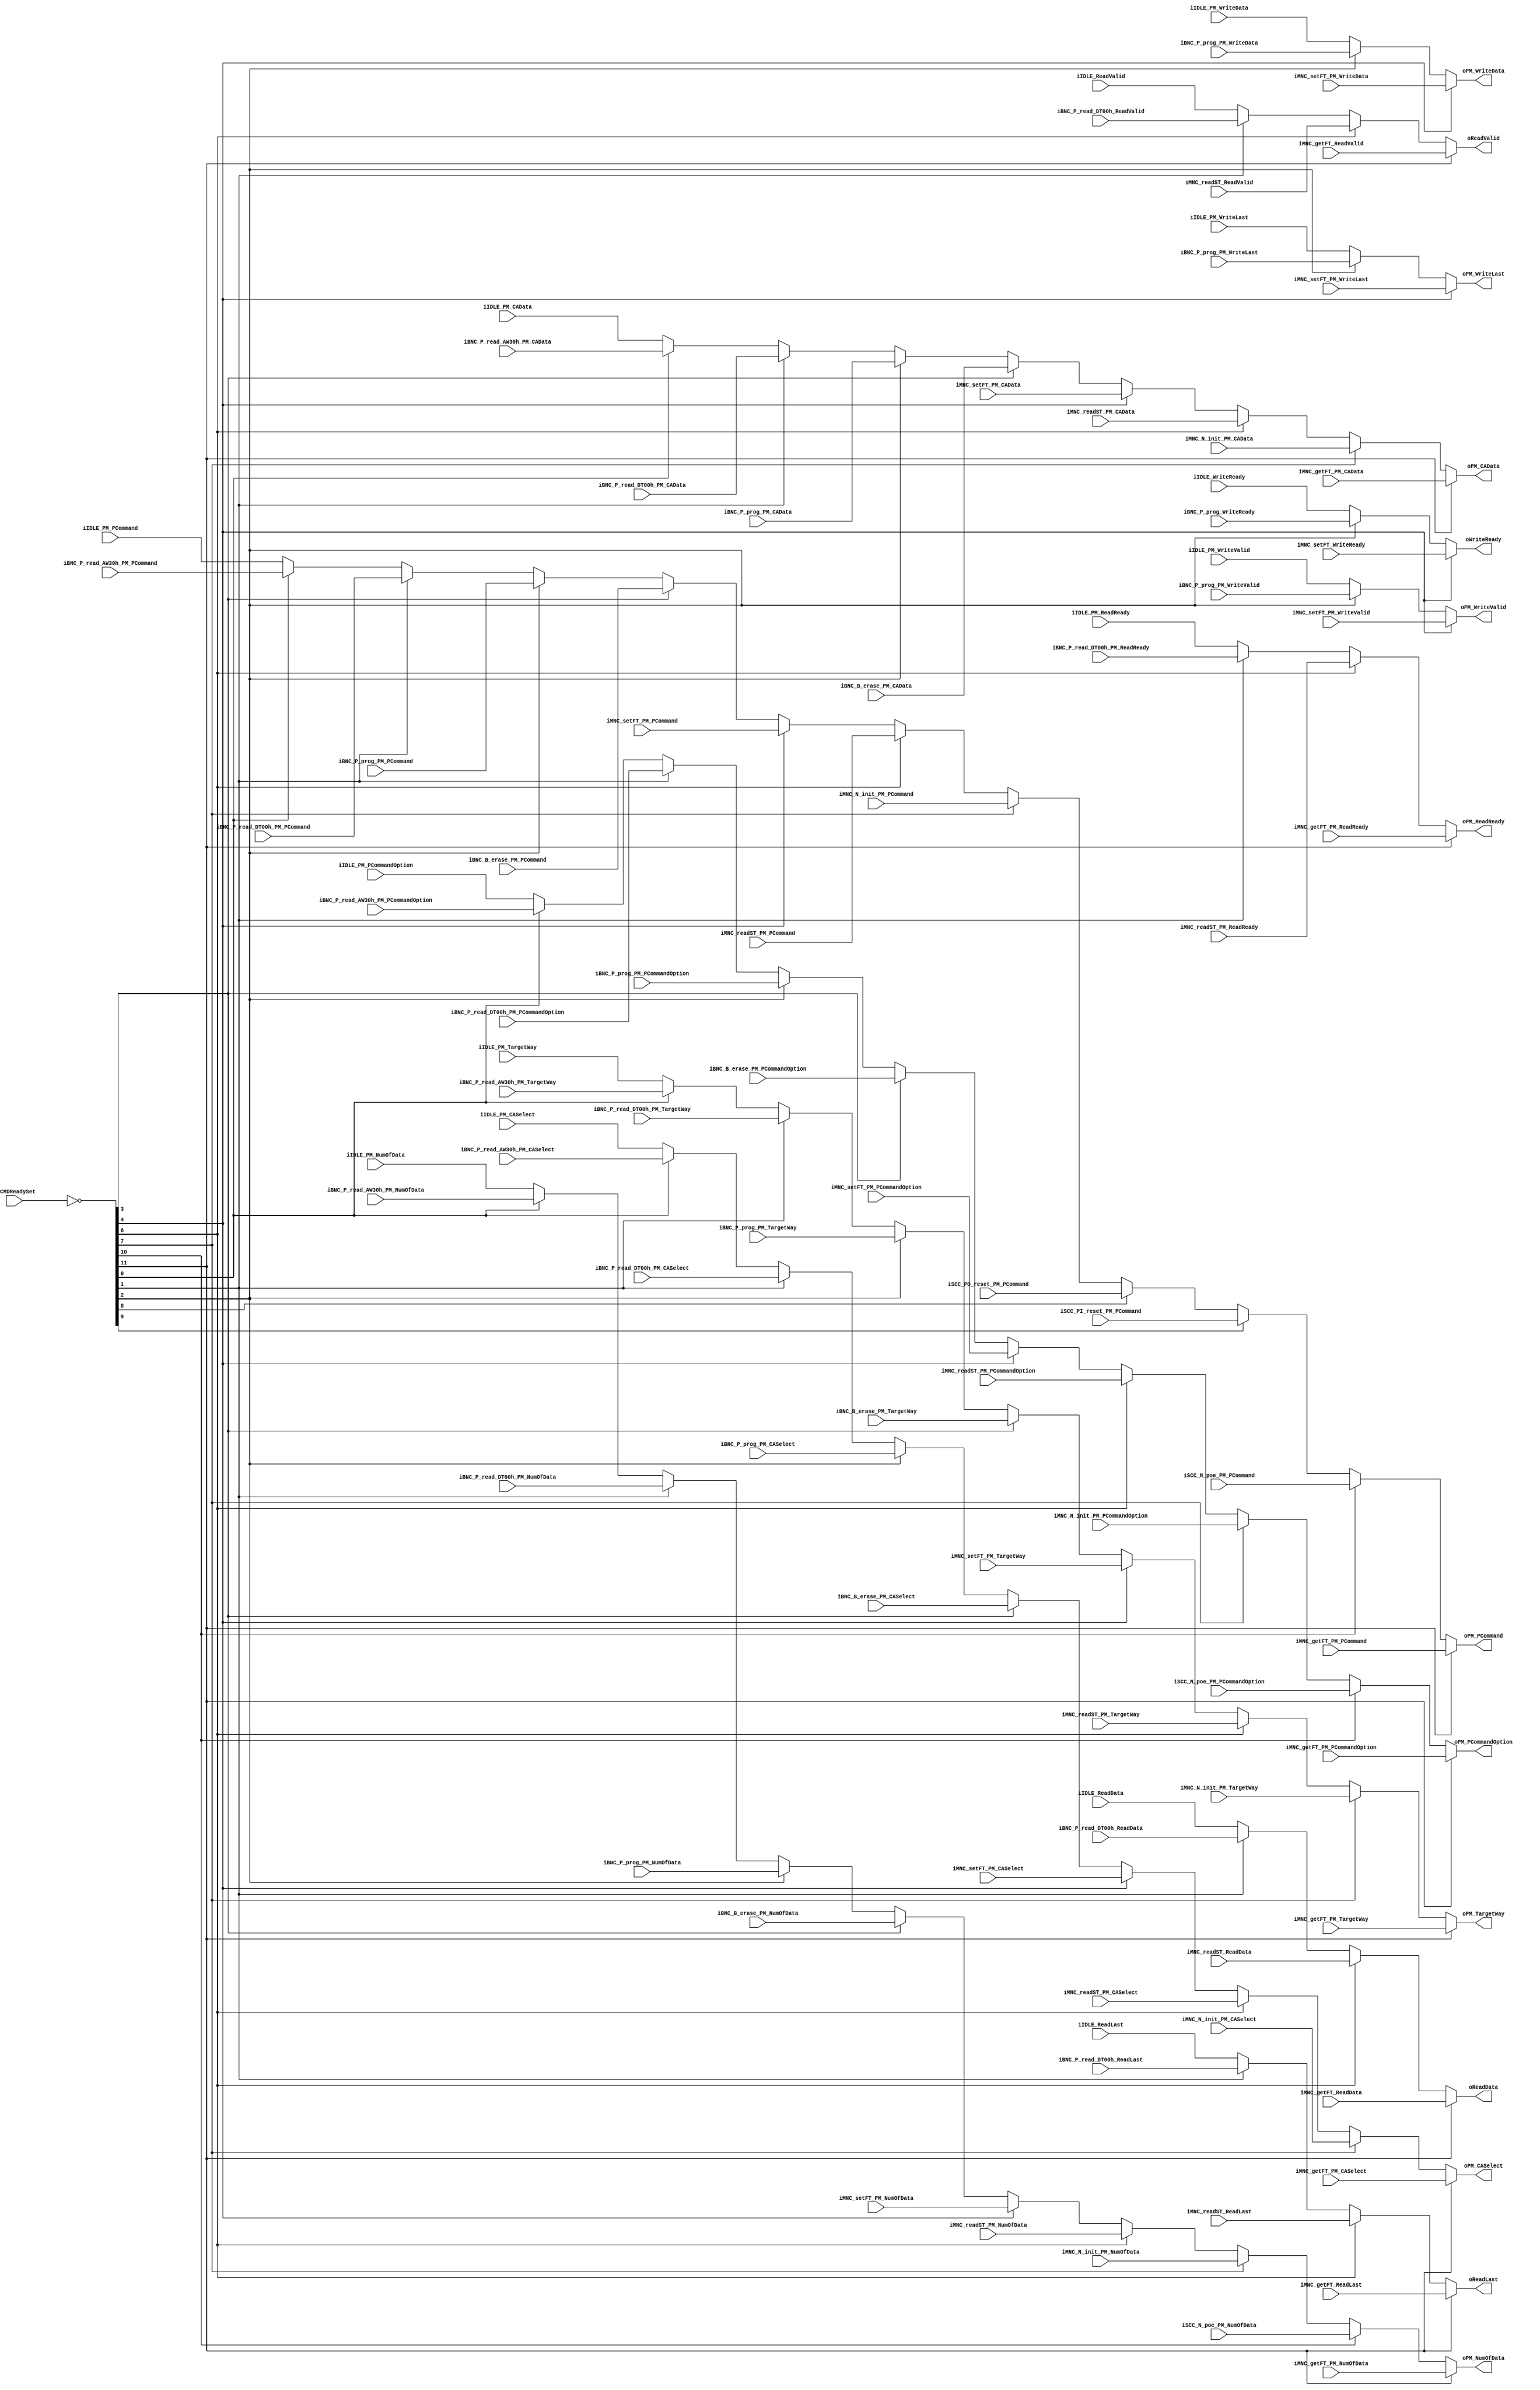
//////////////////////////////////////////////////////////////////////////////////
// NPCG_Toggle_bCMDMux for Cosmos OpenSSD
// Copyright (c) 2015 Hanyang University ENC Lab.
// Contributed by Ilyong Jung <iyjung@enc.hanyang.ac.kr>
//                Yong Ho Song <yhsong@enc.hanyang.ac.kr>
//
// This file is part of Cosmos OpenSSD.
//
// Cosmos OpenSSD is free software; you can redistribute it and/or modify
// it under the terms of the GNU General Public License as published by
// the Free Software Foundation; either version 3, or (at your option)
// any later version.
//
// Cosmos OpenSSD is distributed in the hope that it will be useful,
// but WITHOUT ANY WARRANTY; without even the implied warranty of
// MERCHANTABILITY or FITNESS FOR A PARTICULAR PURPOSE.
// See the GNU General Public License for more details.
//
// You should have received a copy of the GNU General Public License
// along with Cosmos OpenSSD; see the file COPYING.
// If not, see <http://www.gnu.org/licenses/>. 
//////////////////////////////////////////////////////////////////////////////////

//////////////////////////////////////////////////////////////////////////////////
// Company: ENC Lab. <http://enc.hanyang.ac.kr>
// 
// Project Name: Cosmos OpenSSD
// Design Name: NPCG_Toggle_bCMDMux
// Module Name: NPCG_Toggle_bCMDMux
//
// Version: v1.0.0
//
// Description: NFC PCG layer command multiplexor
//
//////////////////////////////////////////////////////////////////////////////////

//////////////////////////////////////////////////////////////////////////////////
// Revision History:
//
// * v1.0.0
//   - first draft
//////////////////////////////////////////////////////////////////////////////////
`timescale 1ns / 1ps

module NPCG_Toggle_bCMDMux
#
(
    // Multiplexing by ibCMDReadySet[10:0]
    // not support parallel primitive command execution
    
    // [11]: MNC_getFT, get features (100101)
    // [10]: SCC_N_poe, NAND Power-ON Event (111110)
    // [ 9]: SCC_PI_reset, PHY. reset: PI (110010)
    // [ 8]: SCC_PO_reset, PHY. reset: PO (110000)
    // [ 7]: MNC_N_init, reset: NAND initializing (101100)
    // [ 6]: MNC_readST, read status (DDR) (101001)
    // [ 5]: MNC_readID, read ID (101011 + length[7:0](option, 00h/40h))
    // [ 4]: MNC_setFT, set features (SDR/DDR) (100000/100001 + length[7:0](option, 01h/02h/10h/30h))
    // [ 3]: BNC_B_erase, block erase: address write, execute (D0h) (001000)
    // [ 2]: BNC_P_program, page program: address write, data transfer (10h) (000100 + length[15:0](length, word))
    // [ 1]: BNC_P_read_DT00h, page read (DT): data transfer after read status (00h) (000011 + length[15:0](length, word))
    // [ 0]: BNC_P_read_AW30h, page read (AW): address write (30h) (000000)
    
    parameter NumofbCMD = 12, // number of blocking commands
    parameter NumberOfWays    =   4
)
(
    ibCMDReadySet                       ,
    iIDLE_WriteReady                    ,
    iIDLE_ReadData                      ,
    iIDLE_ReadLast                      ,
    iIDLE_ReadValid                     ,
    iIDLE_PM_PCommand                   ,
    iIDLE_PM_PCommandOption             ,
    iIDLE_PM_TargetWay                  ,
    iIDLE_PM_NumOfData                  ,
    iIDLE_PM_CASelect                   ,
    iIDLE_PM_CAData                     ,
    iIDLE_PM_WriteData                  ,
    iIDLE_PM_WriteLast                  ,
    iIDLE_PM_WriteValid                 ,
    iIDLE_PM_ReadReady                  ,
    iMNC_getFT_ReadData                 ,
    iMNC_getFT_ReadLast                 ,
    iMNC_getFT_ReadValid                ,
    iMNC_getFT_PM_PCommand              ,
    iMNC_getFT_PM_PCommandOption        ,
    iMNC_getFT_PM_TargetWay             ,
    iMNC_getFT_PM_NumOfData             ,
    iMNC_getFT_PM_CASelect              ,
    iMNC_getFT_PM_CAData                ,
    iMNC_getFT_PM_ReadReady             ,
    iSCC_N_poe_PM_PCommand              ,
    iSCC_N_poe_PM_PCommandOption        ,
    iSCC_N_poe_PM_NumOfData             ,
    iSCC_PI_reset_PM_PCommand           ,
    iSCC_PO_reset_PM_PCommand           ,
    iMNC_N_init_PM_PCommand             ,
    iMNC_N_init_PM_PCommandOption       ,
    iMNC_N_init_PM_TargetWay            ,
    iMNC_N_init_PM_NumOfData            ,
    iMNC_N_init_PM_CASelect             ,
    iMNC_N_init_PM_CAData               ,
    iMNC_readST_ReadData                ,
    iMNC_readST_ReadLast                ,
    iMNC_readST_ReadValid               ,
    iMNC_readST_PM_PCommand             ,
    iMNC_readST_PM_PCommandOption       ,
    iMNC_readST_PM_TargetWay            ,
    iMNC_readST_PM_NumOfData            ,
    iMNC_readST_PM_CASelect             ,
    iMNC_readST_PM_CAData               ,
    iMNC_readST_PM_ReadReady            ,
    iMNC_setFT_WriteReady               ,
    iMNC_setFT_PM_PCommand              ,
    iMNC_setFT_PM_PCommandOption        ,
    iMNC_setFT_PM_TargetWay             ,
    iMNC_setFT_PM_NumOfData             ,
    iMNC_setFT_PM_CASelect              ,
    iMNC_setFT_PM_CAData                ,
    iMNC_setFT_PM_WriteData             ,
    iMNC_setFT_PM_WriteLast             ,
    iMNC_setFT_PM_WriteValid            ,
    iBNC_B_erase_PM_PCommand            ,
    iBNC_B_erase_PM_PCommandOption      ,
    iBNC_B_erase_PM_TargetWay           ,
    iBNC_B_erase_PM_NumOfData           ,
    iBNC_B_erase_PM_CASelect            ,
    iBNC_B_erase_PM_CAData              ,
    iBNC_P_prog_WriteReady              ,
    iBNC_P_prog_PM_PCommand             ,
    iBNC_P_prog_PM_PCommandOption       ,
    iBNC_P_prog_PM_TargetWay            ,
    iBNC_P_prog_PM_NumOfData            ,
    iBNC_P_prog_PM_CASelect             ,
    iBNC_P_prog_PM_CAData               ,
    iBNC_P_prog_PM_WriteData            ,
    iBNC_P_prog_PM_WriteLast            ,
    iBNC_P_prog_PM_WriteValid           ,
    iBNC_P_read_DT00h_ReadData          ,
    iBNC_P_read_DT00h_ReadLast          ,
    iBNC_P_read_DT00h_ReadValid         ,
    iBNC_P_read_DT00h_PM_PCommand       ,
    iBNC_P_read_DT00h_PM_PCommandOption ,
    iBNC_P_read_DT00h_PM_TargetWay      ,
    iBNC_P_read_DT00h_PM_NumOfData      ,
    iBNC_P_read_DT00h_PM_CASelect       ,
    iBNC_P_read_DT00h_PM_CAData         ,
    iBNC_P_read_DT00h_PM_ReadReady      ,
    iBNC_P_read_AW30h_PM_PCommand       ,
    iBNC_P_read_AW30h_PM_PCommandOption ,
    iBNC_P_read_AW30h_PM_TargetWay      ,
    iBNC_P_read_AW30h_PM_NumOfData      ,
    iBNC_P_read_AW30h_PM_CASelect       ,
    iBNC_P_read_AW30h_PM_CAData         ,
    oWriteReady                         ,
    oReadData                           ,
    oReadLast                           ,
    oReadValid                          ,
    oPM_PCommand                        ,
    oPM_PCommandOption                  ,
    oPM_TargetWay                       ,
    oPM_NumOfData                       ,
    oPM_CASelect                        ,
    oPM_CAData                          ,
    oPM_WriteData                       ,
    oPM_WriteLast                       ,
    oPM_WriteValid                      ,
    oPM_ReadReady
);
    input   [NumofbCMD-1:0]             ibCMDReadySet                       ;
    input                               iIDLE_WriteReady                    ;
    input   [31:0]                      iIDLE_ReadData                      ;
    input                               iIDLE_ReadLast                      ;
    input                               iIDLE_ReadValid                     ;
    input   [7:0]                       iIDLE_PM_PCommand                   ;
    input   [2:0]                       iIDLE_PM_PCommandOption             ;
    input   [NumberOfWays - 1:0]        iIDLE_PM_TargetWay                  ;
    input   [15:0]                      iIDLE_PM_NumOfData                  ;
    input                               iIDLE_PM_CASelect                   ;
    input   [7:0]                       iIDLE_PM_CAData                     ;
    input   [31:0]                      iIDLE_PM_WriteData                  ;
    input                               iIDLE_PM_WriteLast                  ;
    input                               iIDLE_PM_WriteValid                 ;
    input                               iIDLE_PM_ReadReady                  ;
    input   [31:0]                      iMNC_getFT_ReadData                 ;
    input                               iMNC_getFT_ReadLast                 ;
    input                               iMNC_getFT_ReadValid                ;
    input   [7:0]                       iMNC_getFT_PM_PCommand              ;
    input   [2:0]                       iMNC_getFT_PM_PCommandOption        ;
    input   [NumberOfWays - 1:0]        iMNC_getFT_PM_TargetWay             ;
    input   [15:0]                      iMNC_getFT_PM_NumOfData             ;
    input                               iMNC_getFT_PM_CASelect              ;
    input   [7:0]                       iMNC_getFT_PM_CAData                ;
    input                               iMNC_getFT_PM_ReadReady             ;
    input   [7:0]                       iSCC_N_poe_PM_PCommand              ;
    input   [2:0]                       iSCC_N_poe_PM_PCommandOption        ;
    input   [15:0]                      iSCC_N_poe_PM_NumOfData             ;
    input   [7:0]                       iSCC_PI_reset_PM_PCommand           ;
    input   [7:0]                       iSCC_PO_reset_PM_PCommand           ;
    input   [7:0]                       iMNC_N_init_PM_PCommand             ;
    input   [2:0]                       iMNC_N_init_PM_PCommandOption       ;
    input   [NumberOfWays - 1:0]        iMNC_N_init_PM_TargetWay            ;
    input   [15:0]                      iMNC_N_init_PM_NumOfData            ;
    input                               iMNC_N_init_PM_CASelect             ;
    input   [7:0]                       iMNC_N_init_PM_CAData               ;
    input   [31:0]                      iMNC_readST_ReadData                ;
    input                               iMNC_readST_ReadLast                ;
    input                               iMNC_readST_ReadValid               ;
    input   [7:0]                       iMNC_readST_PM_PCommand             ;
    input   [2:0]                       iMNC_readST_PM_PCommandOption       ;
    input   [NumberOfWays - 1:0]        iMNC_readST_PM_TargetWay            ;
    input   [15:0]                      iMNC_readST_PM_NumOfData            ;
    input                               iMNC_readST_PM_CASelect             ;
    input   [7:0]                       iMNC_readST_PM_CAData               ;
    input                               iMNC_readST_PM_ReadReady            ;
    input                               iMNC_setFT_WriteReady               ;
    input   [7:0]                       iMNC_setFT_PM_PCommand              ;
    input   [2:0]                       iMNC_setFT_PM_PCommandOption        ;
    input   [NumberOfWays - 1:0]        iMNC_setFT_PM_TargetWay             ;
    input   [15:0]                      iMNC_setFT_PM_NumOfData             ;
    input                               iMNC_setFT_PM_CASelect              ;
    input   [7:0]                       iMNC_setFT_PM_CAData                ;
    input   [31:0]                      iMNC_setFT_PM_WriteData             ;
    input                               iMNC_setFT_PM_WriteLast             ;
    input                               iMNC_setFT_PM_WriteValid            ;
    input   [7:0]                       iBNC_B_erase_PM_PCommand            ;
    input   [2:0]                       iBNC_B_erase_PM_PCommandOption      ;
    input   [NumberOfWays - 1:0]        iBNC_B_erase_PM_TargetWay           ;
    input   [15:0]                      iBNC_B_erase_PM_NumOfData           ;
    input                               iBNC_B_erase_PM_CASelect            ;
    input   [7:0]                       iBNC_B_erase_PM_CAData              ;
    input                               iBNC_P_prog_WriteReady              ;
    input   [7:0]                       iBNC_P_prog_PM_PCommand             ;
    input   [2:0]                       iBNC_P_prog_PM_PCommandOption       ;
    input   [NumberOfWays - 1:0]        iBNC_P_prog_PM_TargetWay            ;
    input   [15:0]                      iBNC_P_prog_PM_NumOfData            ;
    input                               iBNC_P_prog_PM_CASelect             ;
    input   [7:0]                       iBNC_P_prog_PM_CAData               ;
    input   [31:0]                      iBNC_P_prog_PM_WriteData            ;
    input                               iBNC_P_prog_PM_WriteLast            ;
    input                               iBNC_P_prog_PM_WriteValid           ;
    input   [31:0]                      iBNC_P_read_DT00h_ReadData          ;
    input                               iBNC_P_read_DT00h_ReadLast          ;
    input                               iBNC_P_read_DT00h_ReadValid         ;
    input   [7:0]                       iBNC_P_read_DT00h_PM_PCommand       ;
    input   [2:0]                       iBNC_P_read_DT00h_PM_PCommandOption ;
    input   [NumberOfWays - 1:0]        iBNC_P_read_DT00h_PM_TargetWay      ;
    input   [15:0]                      iBNC_P_read_DT00h_PM_NumOfData      ;
    input                               iBNC_P_read_DT00h_PM_CASelect       ;
    input   [7:0]                       iBNC_P_read_DT00h_PM_CAData         ;
    input                               iBNC_P_read_DT00h_PM_ReadReady      ;
    input   [7:0]                       iBNC_P_read_AW30h_PM_PCommand       ;
    input   [2:0]                       iBNC_P_read_AW30h_PM_PCommandOption ;
    input   [NumberOfWays - 1:0]        iBNC_P_read_AW30h_PM_TargetWay      ;
    input   [15:0]                      iBNC_P_read_AW30h_PM_NumOfData      ;
    input                               iBNC_P_read_AW30h_PM_CASelect       ;
    input   [7:0]                       iBNC_P_read_AW30h_PM_CAData         ;
    output                              oWriteReady                         ;
    output  [31:0]                      oReadData                           ;
    output                              oReadLast                           ;
    output                              oReadValid                          ;
    output  [7:0]                       oPM_PCommand                        ;
    output  [2:0]                       oPM_PCommandOption                  ;
    output  [NumberOfWays - 1:0]        oPM_TargetWay                       ;
    output  [15:0]                      oPM_NumOfData                       ;
    output                              oPM_CASelect                        ;
    output  [7:0]                       oPM_CAData                          ;
    output  [31:0]                      oPM_WriteData                       ;
    output                              oPM_WriteLast                       ;
    output                              oPM_WriteValid                      ;
    output                              oPM_ReadReady                       ;
    
    // Internal Wires/Regs
    wire    [NumofbCMD-1:0]         ibCMDActive             ;
    //wire                            wbCMD_idle              ;
    
    //  - Dispatcher Interface
    //      - Data Write Channel
    reg                             rWriteReady             ;
    
    //      - Data Read Channel
    reg     [31:0]                  rReadData               ;
    reg                             rReadLast               ;
    reg                             rReadValid              ;
    
    //  - NPCG_Toggle Interface
    reg     [7:0]                   rPM_PCommand            ;
    reg     [2:0]                   rPM_PCommandOption      ;
    reg     [NumberOfWays - 1:0]    rPM_TargetWay           ;
    reg     [15:0]                  rPM_NumOfData           ;
    
    reg                             rPM_CASelect            ;
    reg     [7:0]                   rPM_CAData              ;
    
    reg     [31:0]                  rPM_WriteData           ;
    reg                             rPM_WriteLast           ;
    reg                             rPM_WriteValid          ;
    
    reg                             rPM_ReadReady           ;
    
    
    
    // Control Signals
    //assign wbCMD_idle = ~( &(ibCMDReadySet[NumofbCMD-1:0]) );
    assign ibCMDActive[NumofbCMD-1:0] = ~ibCMDReadySet[NumofbCMD-1:0];
    
    
    
    // Mux
    
    // Dispatcher Interface
    //  - Data Write Channel
    // rWriteReady
    always @ (*) begin
        //if (wbCMD_idle) begin // All blocking command machines are in inactive state.
            
        //end else if (ibCMDActive[11]) begin // MNC_getFT
            
        //end else if (ibCMDActive[10]) begin // SCC_N_poe
            
        //end else if (ibCMDActive[ 9]) begin // SCC_PI_reset
            
        //end else if (ibCMDActive[ 8]) begin // SCC_PO_reset
            
        //end else if (ibCMDActive[ 7]) begin // MNC_N_init
            
        //end else if (ibCMDActive[ 6]) begin // MNC_readST
            
        //end else if (ibCMDActive[ 5]) begin // MNC_readID
            
        if (ibCMDActive[ 4]) begin // MNC_setFT
            rWriteReady <= iMNC_setFT_WriteReady;
        //end else if (ibCMDActive[ 3]) begin // BNC_B_erase
            
        end else if (ibCMDActive[ 2]) begin // BNC_P_program
            rWriteReady <= iBNC_P_prog_WriteReady;
        //end else if (ibCMDActive[ 1]) begin // BNC_P_read_DT00h
            
        //end else if (ibCMDActive[ 0]) begin // BNC_P_read_AW30h
            
        end else begin // default
            rWriteReady <= iIDLE_WriteReady;
        end
    end
    
    //  - Data Read Channel
    // rReadData[31:0]
    always @ (*) begin
        //if (wbCMD_idle) begin // All blocking command machines are in inactive state.
            
        if (ibCMDActive[11]) begin // MNC_getFT
            rReadData[31:0] <= iMNC_getFT_ReadData[31:0];
        //end else if (ibCMDActive[10]) begin // SCC_N_poe
            
        //end else if (ibCMDActive[ 9]) begin // SCC_PI_reset
            
        //end else if (ibCMDActive[ 8]) begin // SCC_PO_reset
            
        //end else if (ibCMDActive[ 7]) begin // MNC_N_init
            
        end else if (ibCMDActive[ 6]) begin // MNC_readST
            rReadData[31:0] <= iMNC_readST_ReadData[31:0];
        //end else if (ibCMDActive[ 5]) begin // MNC_readID
            
        //end else if (ibCMDActive[ 4]) begin // MNC_setFT
            
        //end else if (ibCMDActive[ 3]) begin // BNC_B_erase
            
        //end else if (ibCMDActive[ 2]) begin // BNC_P_program
            
        end else if (ibCMDActive[ 1]) begin // BNC_P_read_DT00h
            rReadData[31:0] <= iBNC_P_read_DT00h_ReadData[31:0];
        //end else if (ibCMDActive[ 0]) begin // BNC_P_read_AW30h
            
        end else begin // default
            rReadData[31:0] <= iIDLE_ReadData[31:0];
        end
    end
    
    // rReadLast
    always @ (*) begin
        //if (wbCMD_idle) begin // All blocking command machines are in inactive state.
            
        if (ibCMDActive[11]) begin // MNC_getFT
            rReadLast <= iMNC_getFT_ReadLast;
        //end else if (ibCMDActive[10]) begin // SCC_N_poe
            
        //end else if (ibCMDActive[ 9]) begin // SCC_PI_reset
            
        //end else if (ibCMDActive[ 8]) begin // SCC_PO_reset
            
        //end else if (ibCMDActive[ 7]) begin // MNC_N_init
            
        end else if (ibCMDActive[ 6]) begin // MNC_readST
            rReadLast <= iMNC_readST_ReadLast;
        //end else if (ibCMDActive[ 5]) begin // MNC_readID
            
        //end else if (ibCMDActive[ 4]) begin // MNC_setFT
            
        //end else if (ibCMDActive[ 3]) begin // BNC_B_erase
            
        //end else if (ibCMDActive[ 2]) begin // BNC_P_program
            
        end else if (ibCMDActive[ 1]) begin // BNC_P_read_DT00h
            rReadLast <= iBNC_P_read_DT00h_ReadLast;
        //end else if (ibCMDActive[ 0]) begin // BNC_P_read_AW30h
            
        end else begin // default
            rReadLast <= iIDLE_ReadLast;
        end
    end
    
    // rReadValid
    always @ (*) begin
        //if (wbCMD_idle) begin // All blocking command machines are in inactive state.
            
        if (ibCMDActive[11]) begin // MNC_getFT
            rReadValid <= iMNC_getFT_ReadValid;
        //end else if (ibCMDActive[10]) begin // SCC_N_poe
            
        //end else if (ibCMDActive[ 9]) begin // SCC_PI_reset
            
        //end else if (ibCMDActive[ 8]) begin // SCC_PO_reset
            
        //end else if (ibCMDActive[ 7]) begin // MNC_N_init
            
        end else if (ibCMDActive[ 6]) begin // MNC_readST
            rReadValid <= iMNC_readST_ReadValid;
        //end else if (ibCMDActive[ 5]) begin // MNC_readID
            
        //end else if (ibCMDActive[ 4]) begin // MNC_setFT
            
        //end else if (ibCMDActive[ 3]) begin // BNC_B_erase
            
        //end else if (ibCMDActive[ 2]) begin // BNC_P_program
            
        end else if (ibCMDActive[ 1]) begin // BNC_P_read_DT00h
            rReadValid <= iBNC_P_read_DT00h_ReadValid;
        //end else if (ibCMDActive[ 0]) begin // BNC_P_read_AW30h
            
        end else begin // default
            rReadValid <= iIDLE_ReadValid;
        end
    end
    
    // NPCG_Toggle Interface
    // rPM_PCommand[7:0]
    always @ (*) begin
        //if (wbCMD_idle) begin // All blocking command machines are in inactive state.
            
        if (ibCMDActive[11]) begin // MNC_getFT
            rPM_PCommand[7:0] <= iMNC_getFT_PM_PCommand[7:0];
        end else if (ibCMDActive[10]) begin // SCC_N_poe
            rPM_PCommand[7:0] <= iSCC_N_poe_PM_PCommand[7:0];
        end else if (ibCMDActive[ 9]) begin // SCC_PI_reset
            rPM_PCommand[7:0] <= iSCC_PI_reset_PM_PCommand[7:0];
        end else if (ibCMDActive[ 8]) begin // SCC_PO_reset
            rPM_PCommand[7:0] <= iSCC_PO_reset_PM_PCommand[7:0];
        end else if (ibCMDActive[ 7]) begin // MNC_N_init
            rPM_PCommand[7:0] <= iMNC_N_init_PM_PCommand[7:0];
        end else if (ibCMDActive[ 6]) begin // MNC_readST
            rPM_PCommand[7:0] <= iMNC_readST_PM_PCommand[7:0];
        //end else if (ibCMDActive[ 5]) begin // MNC_readID
            
        end else if (ibCMDActive[ 4]) begin // MNC_setFT
            rPM_PCommand[7:0] <= iMNC_setFT_PM_PCommand[7:0];
        end else if (ibCMDActive[ 3]) begin // BNC_B_erase
            rPM_PCommand[7:0] <= iBNC_B_erase_PM_PCommand[7:0];
        end else if (ibCMDActive[ 2]) begin // BNC_P_program
            rPM_PCommand[7:0] <= iBNC_P_prog_PM_PCommand[7:0];
        end else if (ibCMDActive[ 1]) begin // BNC_P_read_DT00h
            rPM_PCommand[7:0] <= iBNC_P_read_DT00h_PM_PCommand[7:0];
        end else if (ibCMDActive[ 0]) begin // BNC_P_read_AW30h
            rPM_PCommand[7:0] <= iBNC_P_read_AW30h_PM_PCommand[7:0];
        end else begin // default
            rPM_PCommand[7:0] <= iIDLE_PM_PCommand[7:0];
        end
    end
    
    // rPM_PCommandOption[2:0]
    always @ (*) begin
        //if (wbCMD_idle) begin // All blocking command machines are in inactive state.
            
        if (ibCMDActive[11]) begin // MNC_getFT
            rPM_PCommandOption[2:0] <= iMNC_getFT_PM_PCommandOption[2:0];
        end else if (ibCMDActive[10]) begin // SCC_N_poe
            rPM_PCommandOption[2:0] <= iSCC_N_poe_PM_PCommandOption[2:0];
        //end else if (ibCMDActive[ 9]) begin // SCC_PI_reset
            
        //end else if (ibCMDActive[ 8]) begin // SCC_PO_reset
            
        end else if (ibCMDActive[ 7]) begin // MNC_N_init
            rPM_PCommandOption[2:0] <= iMNC_N_init_PM_PCommandOption[2:0];
        end else if (ibCMDActive[ 6]) begin // MNC_readST
            rPM_PCommandOption[2:0] <= iMNC_readST_PM_PCommandOption[2:0];
        //end else if (ibCMDActive[ 5]) begin // MNC_readID
            
        end else if (ibCMDActive[ 4]) begin // MNC_setFT
            rPM_PCommandOption[2:0] <= iMNC_setFT_PM_PCommandOption[2:0];
        end else if (ibCMDActive[ 3]) begin // BNC_B_erase
            rPM_PCommandOption[2:0] <= iBNC_B_erase_PM_PCommandOption[2:0];
        end else if (ibCMDActive[ 2]) begin // BNC_P_program
            rPM_PCommandOption[2:0] <= iBNC_P_prog_PM_PCommandOption[2:0];
        end else if (ibCMDActive[ 1]) begin // BNC_P_read_DT00h
            rPM_PCommandOption[2:0] <= iBNC_P_read_DT00h_PM_PCommandOption[2:0];
        end else if (ibCMDActive[ 0]) begin // BNC_P_read_AW30h
            rPM_PCommandOption[2:0] <= iBNC_P_read_AW30h_PM_PCommandOption[2:0];
        end else begin // default
            rPM_PCommandOption[2:0] <= iIDLE_PM_PCommandOption[2:0];
        end
    end
    
    // rPM_TargetWay[NumberOfWays - 1:0]
    always @ (*) begin
        //if (wbCMD_idle) begin // All blocking command machines are in inactive state.
            
        if (ibCMDActive[11]) begin // MNC_getFT
            rPM_TargetWay[NumberOfWays - 1:0] <= iMNC_getFT_PM_TargetWay[NumberOfWays - 1:0];
        //end else if (ibCMDActive[10]) begin // SCC_N_poe
            
        //end else if (ibCMDActive[ 9]) begin // SCC_PI_reset
            
        //end else if (ibCMDActive[ 8]) begin // SCC_PO_reset
            
        end else if (ibCMDActive[ 7]) begin // MNC_N_init
            rPM_TargetWay[NumberOfWays - 1:0] <= iMNC_N_init_PM_TargetWay[NumberOfWays - 1:0];
        end else if (ibCMDActive[ 6]) begin // MNC_readST
            rPM_TargetWay[NumberOfWays - 1:0] <= iMNC_readST_PM_TargetWay[NumberOfWays - 1:0];
        //end else if (ibCMDActive[ 5]) begin // MNC_readID
            
        end else if (ibCMDActive[ 4]) begin // MNC_setFT
            rPM_TargetWay[NumberOfWays - 1:0] <= iMNC_setFT_PM_TargetWay[NumberOfWays - 1:0];
        end else if (ibCMDActive[ 3]) begin // BNC_B_erase
            rPM_TargetWay[NumberOfWays - 1:0] <= iBNC_B_erase_PM_TargetWay[NumberOfWays - 1:0];
        end else if (ibCMDActive[ 2]) begin // BNC_P_program
            rPM_TargetWay[NumberOfWays - 1:0] <= iBNC_P_prog_PM_TargetWay[NumberOfWays - 1:0];
        end else if (ibCMDActive[ 1]) begin // BNC_P_read_DT00h
            rPM_TargetWay[NumberOfWays - 1:0] <= iBNC_P_read_DT00h_PM_TargetWay[NumberOfWays - 1:0];
        end else if (ibCMDActive[ 0]) begin // BNC_P_read_AW30h
            rPM_TargetWay[NumberOfWays - 1:0] <= iBNC_P_read_AW30h_PM_TargetWay[NumberOfWays - 1:0];
        end else begin // default
            rPM_TargetWay[NumberOfWays - 1:0] <= iIDLE_PM_TargetWay[NumberOfWays - 1:0];
        end
    end
    
    // rPM_NumOfData[15:0]
    always @ (*) begin
        //if (wbCMD_idle) begin // All blocking command machines are in inactive state.
            
        if (ibCMDActive[11]) begin // MNC_getFT
            rPM_NumOfData[15:0] <= iMNC_getFT_PM_NumOfData[15:0];
        end else if (ibCMDActive[10]) begin // SCC_N_poe
            rPM_NumOfData[15:0] <= iSCC_N_poe_PM_NumOfData[15:0];
        //end else if (ibCMDActive[ 9]) begin // SCC_PI_reset
            
        //end else if (ibCMDActive[ 8]) begin // SCC_PO_reset
            
        end else if (ibCMDActive[ 7]) begin // MNC_N_init
            rPM_NumOfData[15:0] <= iMNC_N_init_PM_NumOfData[15:0];
        end else if (ibCMDActive[ 6]) begin // MNC_readST
            rPM_NumOfData[15:0] <= iMNC_readST_PM_NumOfData[15:0];
        //end else if (ibCMDActive[ 5]) begin // MNC_readID
            
        end else if (ibCMDActive[ 4]) begin // MNC_setFT
            rPM_NumOfData[15:0] <= iMNC_setFT_PM_NumOfData[15:0];
        end else if (ibCMDActive[ 3]) begin // BNC_B_erase
            rPM_NumOfData[15:0] <= iBNC_B_erase_PM_NumOfData[15:0];
        end else if (ibCMDActive[ 2]) begin // BNC_P_program
            rPM_NumOfData[15:0] <= iBNC_P_prog_PM_NumOfData[15:0];
        end else if (ibCMDActive[ 1]) begin // BNC_P_read_DT00h
            rPM_NumOfData[15:0] <= iBNC_P_read_DT00h_PM_NumOfData[15:0];
        end else if (ibCMDActive[ 0]) begin // BNC_P_read_AW30h
            rPM_NumOfData[15:0] <= iBNC_P_read_AW30h_PM_NumOfData[15:0];
        end else begin // default
            rPM_NumOfData[15:0] <= iIDLE_PM_NumOfData[15:0];
        end
    end
    
    // rPM_CASelect
    always @ (*) begin
        //if (wbCMD_idle) begin // All blocking command machines are in inactive state.
            
        if (ibCMDActive[11]) begin // MNC_getFT
            rPM_CASelect <= iMNC_getFT_PM_CASelect;
        //end else if (ibCMDActive[10]) begin // SCC_N_poe
            
        //end else if (ibCMDActive[ 9]) begin // SCC_PI_reset
            
        //end else if (ibCMDActive[ 8]) begin // SCC_PO_reset
            
        end else if (ibCMDActive[ 7]) begin // MNC_N_init
            rPM_CASelect <= iMNC_N_init_PM_CASelect;
        end else if (ibCMDActive[ 6]) begin // MNC_readST
            rPM_CASelect <= iMNC_readST_PM_CASelect;
        //end else if (ibCMDActive[ 5]) begin // MNC_readID
            
        end else if (ibCMDActive[ 4]) begin // MNC_setFT
            rPM_CASelect <= iMNC_setFT_PM_CASelect;
        end else if (ibCMDActive[ 3]) begin // BNC_B_erase
            rPM_CASelect <= iBNC_B_erase_PM_CASelect;
        end else if (ibCMDActive[ 2]) begin // BNC_P_program
            rPM_CASelect <= iBNC_P_prog_PM_CASelect;
        end else if (ibCMDActive[ 1]) begin // BNC_P_read_DT00h
            rPM_CASelect <= iBNC_P_read_DT00h_PM_CASelect;
        end else if (ibCMDActive[ 0]) begin // BNC_P_read_AW30h
            rPM_CASelect <= iBNC_P_read_AW30h_PM_CASelect;
        end else begin // default
            rPM_CASelect <= iIDLE_PM_CASelect;
        end
    end
    
    // rPM_CAData[7:0]
    always @ (*) begin
        //if (wbCMD_idle) begin // All blocking command machines are in inactive state.
            
        if (ibCMDActive[11]) begin // MNC_getFT
            rPM_CAData[7:0] <= iMNC_getFT_PM_CAData[7:0];
        //end else if (ibCMDActive[10]) begin // SCC_N_poe
            
        //end else if (ibCMDActive[ 9]) begin // SCC_PI_reset
            
        //end else if (ibCMDActive[ 8]) begin // SCC_PO_reset
            
        end else if (ibCMDActive[ 7]) begin // MNC_N_init
            rPM_CAData[7:0] <= iMNC_N_init_PM_CAData[7:0];
        end else if (ibCMDActive[ 6]) begin // MNC_readST
            rPM_CAData[7:0] <= iMNC_readST_PM_CAData[7:0];
        //end else if (ibCMDActive[ 5]) begin // MNC_readID
            
        end else if (ibCMDActive[ 4]) begin // MNC_setFT
            rPM_CAData[7:0] <= iMNC_setFT_PM_CAData[7:0];
        end else if (ibCMDActive[ 3]) begin // BNC_B_erase
            rPM_CAData[7:0] <= iBNC_B_erase_PM_CAData[7:0];
        end else if (ibCMDActive[ 2]) begin // BNC_P_program
            rPM_CAData[7:0] <= iBNC_P_prog_PM_CAData[7:0];
        end else if (ibCMDActive[ 1]) begin // BNC_P_read_DT00h
            rPM_CAData[7:0] <= iBNC_P_read_DT00h_PM_CAData[7:0];
        end else if (ibCMDActive[ 0]) begin // BNC_P_read_AW30h
            rPM_CAData[7:0] <= iBNC_P_read_AW30h_PM_CAData[7:0];
        end else begin // default
            rPM_CAData[7:0] <= iIDLE_PM_CAData[7:0];
        end
    end
    
    // rPM_WriteData[31:0]
    always @ (*) begin
        //if (wbCMD_idle) begin // All blocking command machines are in inactive state.
            
        //end else if (ibCMDActive[11]) begin // MNC_getFT
            
        //end else if (ibCMDActive[10]) begin // SCC_N_poe
            
        //end else if (ibCMDActive[ 9]) begin // SCC_PI_reset
            
        //end else if (ibCMDActive[ 8]) begin // SCC_PO_reset
            
        //end else if (ibCMDActive[ 7]) begin // MNC_N_init
            
        //end else if (ibCMDActive[ 6]) begin // MNC_readST
            
        //end else if (ibCMDActive[ 5]) begin // MNC_readID
            
        if (ibCMDActive[ 4]) begin // MNC_setFT
            rPM_WriteData[31:0] <= iMNC_setFT_PM_WriteData[31:0];
        //end else if (ibCMDActive[ 3]) begin // BNC_B_erase
            
        end else if (ibCMDActive[ 2]) begin // BNC_P_program
            rPM_WriteData[31:0] <= iBNC_P_prog_PM_WriteData[31:0];
        //end else if (ibCMDActive[ 1]) begin // BNC_P_read_DT00h
            
        //end else if (ibCMDActive[ 0]) begin // BNC_P_read_AW30h
            
        end else begin // default
            rPM_WriteData[31:0] <= iIDLE_PM_WriteData[31:0];
        end
    end
    
    // rPM_WriteLast
    always @ (*) begin
        //if (wbCMD_idle) begin // All blocking command machines are in inactive state.
            
        //end else if (ibCMDActive[11]) begin // MNC_getFT
            
        //end else if (ibCMDActive[10]) begin // SCC_N_poe
            
        //end else if (ibCMDActive[ 9]) begin // SCC_PI_reset
            
        //end else if (ibCMDActive[ 8]) begin // SCC_PO_reset
            
        //end else if (ibCMDActive[ 7]) begin // MNC_N_init
            
        //end else if (ibCMDActive[ 6]) begin // MNC_readST
            
        //end else if (ibCMDActive[ 5]) begin // MNC_readID
            
        if (ibCMDActive[ 4]) begin // MNC_setFT
            rPM_WriteLast <= iMNC_setFT_PM_WriteLast;
        //end else if (ibCMDActive[ 3]) begin // BNC_B_erase
            
        end else if (ibCMDActive[ 2]) begin // BNC_P_program
            rPM_WriteLast <= iBNC_P_prog_PM_WriteLast;
        //end else if (ibCMDActive[ 1]) begin // BNC_P_read_DT00h
            
        //end else if (ibCMDActive[ 0]) begin // BNC_P_read_AW30h
            
        end else begin // default
            rPM_WriteLast <= iIDLE_PM_WriteLast;
        end
    end
    
    // rPM_WriteValid
    always @ (*) begin
        //if (wbCMD_idle) begin // All blocking command machines are in inactive state.
            
        //end else if (ibCMDActive[11]) begin // MNC_getFT
            
        //end else if (ibCMDActive[10]) begin // SCC_N_poe
            
        //end else if (ibCMDActive[ 9]) begin // SCC_PI_reset
            
        //end else if (ibCMDActive[ 8]) begin // SCC_PO_reset
            
        //end else if (ibCMDActive[ 7]) begin // MNC_N_init
            
        //end else if (ibCMDActive[ 6]) begin // MNC_readST
            
        //end else if (ibCMDActive[ 5]) begin // MNC_readID
            
        if (ibCMDActive[ 4]) begin // MNC_setFT
            rPM_WriteValid <= iMNC_setFT_PM_WriteValid;
        //end else if (ibCMDActive[ 3]) begin // BNC_B_erase
            
        end else if (ibCMDActive[ 2]) begin // BNC_P_program
            rPM_WriteValid <= iBNC_P_prog_PM_WriteValid;
        //end else if (ibCMDActive[ 1]) begin // BNC_P_read_DT00h
            
        //end else if (ibCMDActive[ 0]) begin // BNC_P_read_AW30h
            
        end else begin // default
            rPM_WriteValid <= iIDLE_PM_WriteValid;
        end
    end
    
    // rPM_ReadReady
    always @ (*) begin
        //if (wbCMD_idle) begin // All blocking command machines are in inactive state.
            
        if (ibCMDActive[11]) begin // MNC_getFT
            rPM_ReadReady <= iMNC_getFT_PM_ReadReady;
        //end else if (ibCMDActive[10]) begin // SCC_N_poe
            
        //end else if (ibCMDActive[ 9]) begin // SCC_PI_reset
            
        //end else if (ibCMDActive[ 8]) begin // SCC_PO_reset
            
        //end else if (ibCMDActive[ 7]) begin // MNC_N_init
            
        end else if (ibCMDActive[ 6]) begin // MNC_readST
            rPM_ReadReady <= iMNC_readST_PM_ReadReady;
        //end else if (ibCMDActive[ 5]) begin // MNC_readID
            
        //end else if (ibCMDActive[ 4]) begin // MNC_setFT
            
        //end else if (ibCMDActive[ 3]) begin // BNC_B_erase
            
        //end else if (ibCMDActive[ 2]) begin // BNC_P_program
            
        end else if (ibCMDActive[ 1]) begin // BNC_P_read_DT00h
            rPM_ReadReady <= iBNC_P_read_DT00h_PM_ReadReady;
        //end else if (ibCMDActive[ 0]) begin // BNC_P_read_AW30h
            
        end else begin // default
            rPM_ReadReady <= iIDLE_PM_ReadReady;
        end
    end
    
    
    
    // Wire Connections
    
    //  - Dispatcher Interface
    //      - Data Write Channel
    assign oWriteReady = rWriteReady;
    
    //      - Data Read Channel
    assign oReadData[31:0] = rReadData[31:0];
    assign oReadLast = rReadLast;
    assign oReadValid = rReadValid;
    
    //  - NPCG_Toggle Interface
    assign oPM_PCommand[7:0] = rPM_PCommand[7:0];
    assign oPM_PCommandOption[2:0] = rPM_PCommandOption[2:0];
    assign oPM_TargetWay[NumberOfWays - 1:0] = rPM_TargetWay[NumberOfWays - 1:0];
    assign oPM_NumOfData[15:0] = rPM_NumOfData[15:0];
    
    assign oPM_CASelect = rPM_CASelect;
    assign oPM_CAData[7:0] = rPM_CAData[7:0];
    
    assign oPM_WriteData[31:0] = rPM_WriteData[31:0];
    assign oPM_WriteLast = rPM_WriteLast;
    assign oPM_WriteValid = rPM_WriteValid;
    
    assign oPM_ReadReady = rPM_ReadReady;
    
endmodule